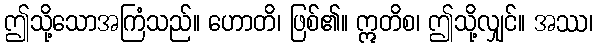
ဤသို့သောအကြံသည်။ ဟောတိ၊ ဖြစ်၏။ ဣတိစ၊ ဤသို့လျှင်။ အဿ၊